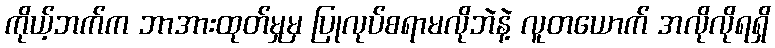
ကိုယ့်ဘက်က ဘာအားထုတ်မှုမှ ပြုလုပ်စရာမလိုဘဲနဲ့ လူတယောက် အလိုလိုရရှိ